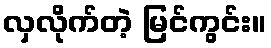
လှလိုက်တဲ့ မြင်ကွင်း။